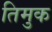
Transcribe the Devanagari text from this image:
तिमुक